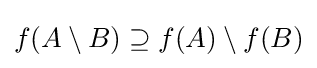
f(A\setminus B)\supseteq f(A)\setminus f(B)